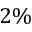
2 \%